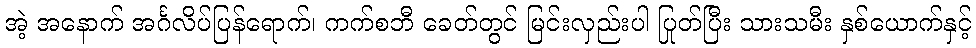
အဲ့ အနောက် အင်္ဂလိပ်ပြန်ရောက်၊ ကက်စဘီ ခေတ်တွင် မြင်းလှည်းပါ ပြုတ်ပြီး သားသမီး နှစ်ယောက်နှင့်